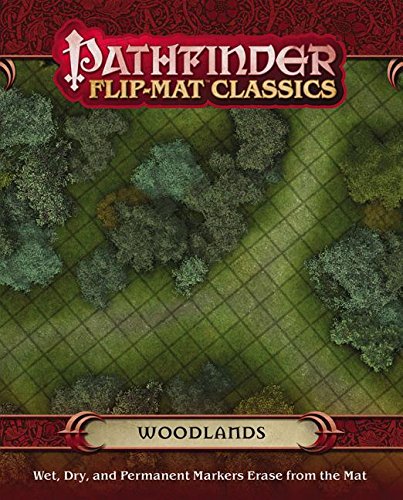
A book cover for Pathfinder Flip-Mat Classics: Woodlands; Stephen Radney-Macfarland; Science Fiction & Fantasy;